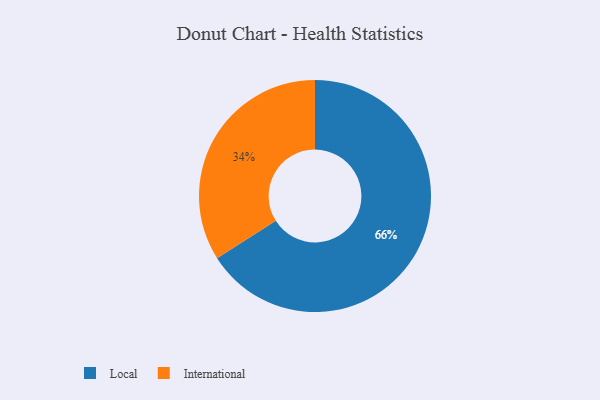
{"axis": {"x": "Category", "y": "Percentage"}, "legend": ["International", "Local"], "data": [{"x": "Local", "y": 66, "type": "Local"}, {"x": "International", "y": 34, "type": "International"}]}